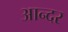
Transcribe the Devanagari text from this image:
आन्दर